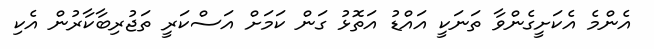
އެންމެ އެކަށީގެންވާ ތަނަކީ އައްޑު އަތޮޅު ގަން ކަމަށް އަސްކަރީ ތަޖުރިބާކާރުން އެކި